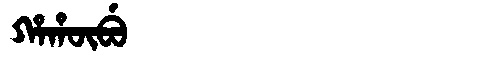
Manchu: ᡥᠠᡥᡡᠪᡠ
Romanization: HAHŪBU